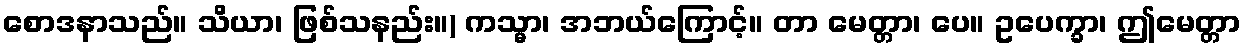
စောဒနာသည်။ သိယာ၊ ဖြစ်သနည်း။) ကသ္မာ၊ အဘယ်ကြောင့်။ တာ မေတ္တာ၊ ပေ။ ဥပေက္ခာ၊ ဤမေတ္တာ